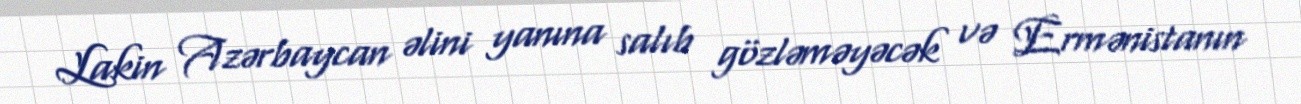
Lakin Azərbaycan əlini yanına salıb gözləməyəcək və Ermənistanın